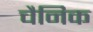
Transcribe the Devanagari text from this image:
चैनिक